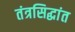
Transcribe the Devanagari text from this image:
तंत्रसिद्धांत